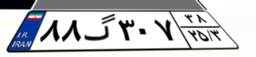
۳۴گ۷۴۶۲۸